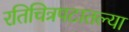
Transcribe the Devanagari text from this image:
रतिचित्रपटातल्या